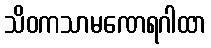
သိဝကသာမဏေရဂါထာ